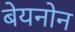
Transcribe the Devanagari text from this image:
बेयनोन